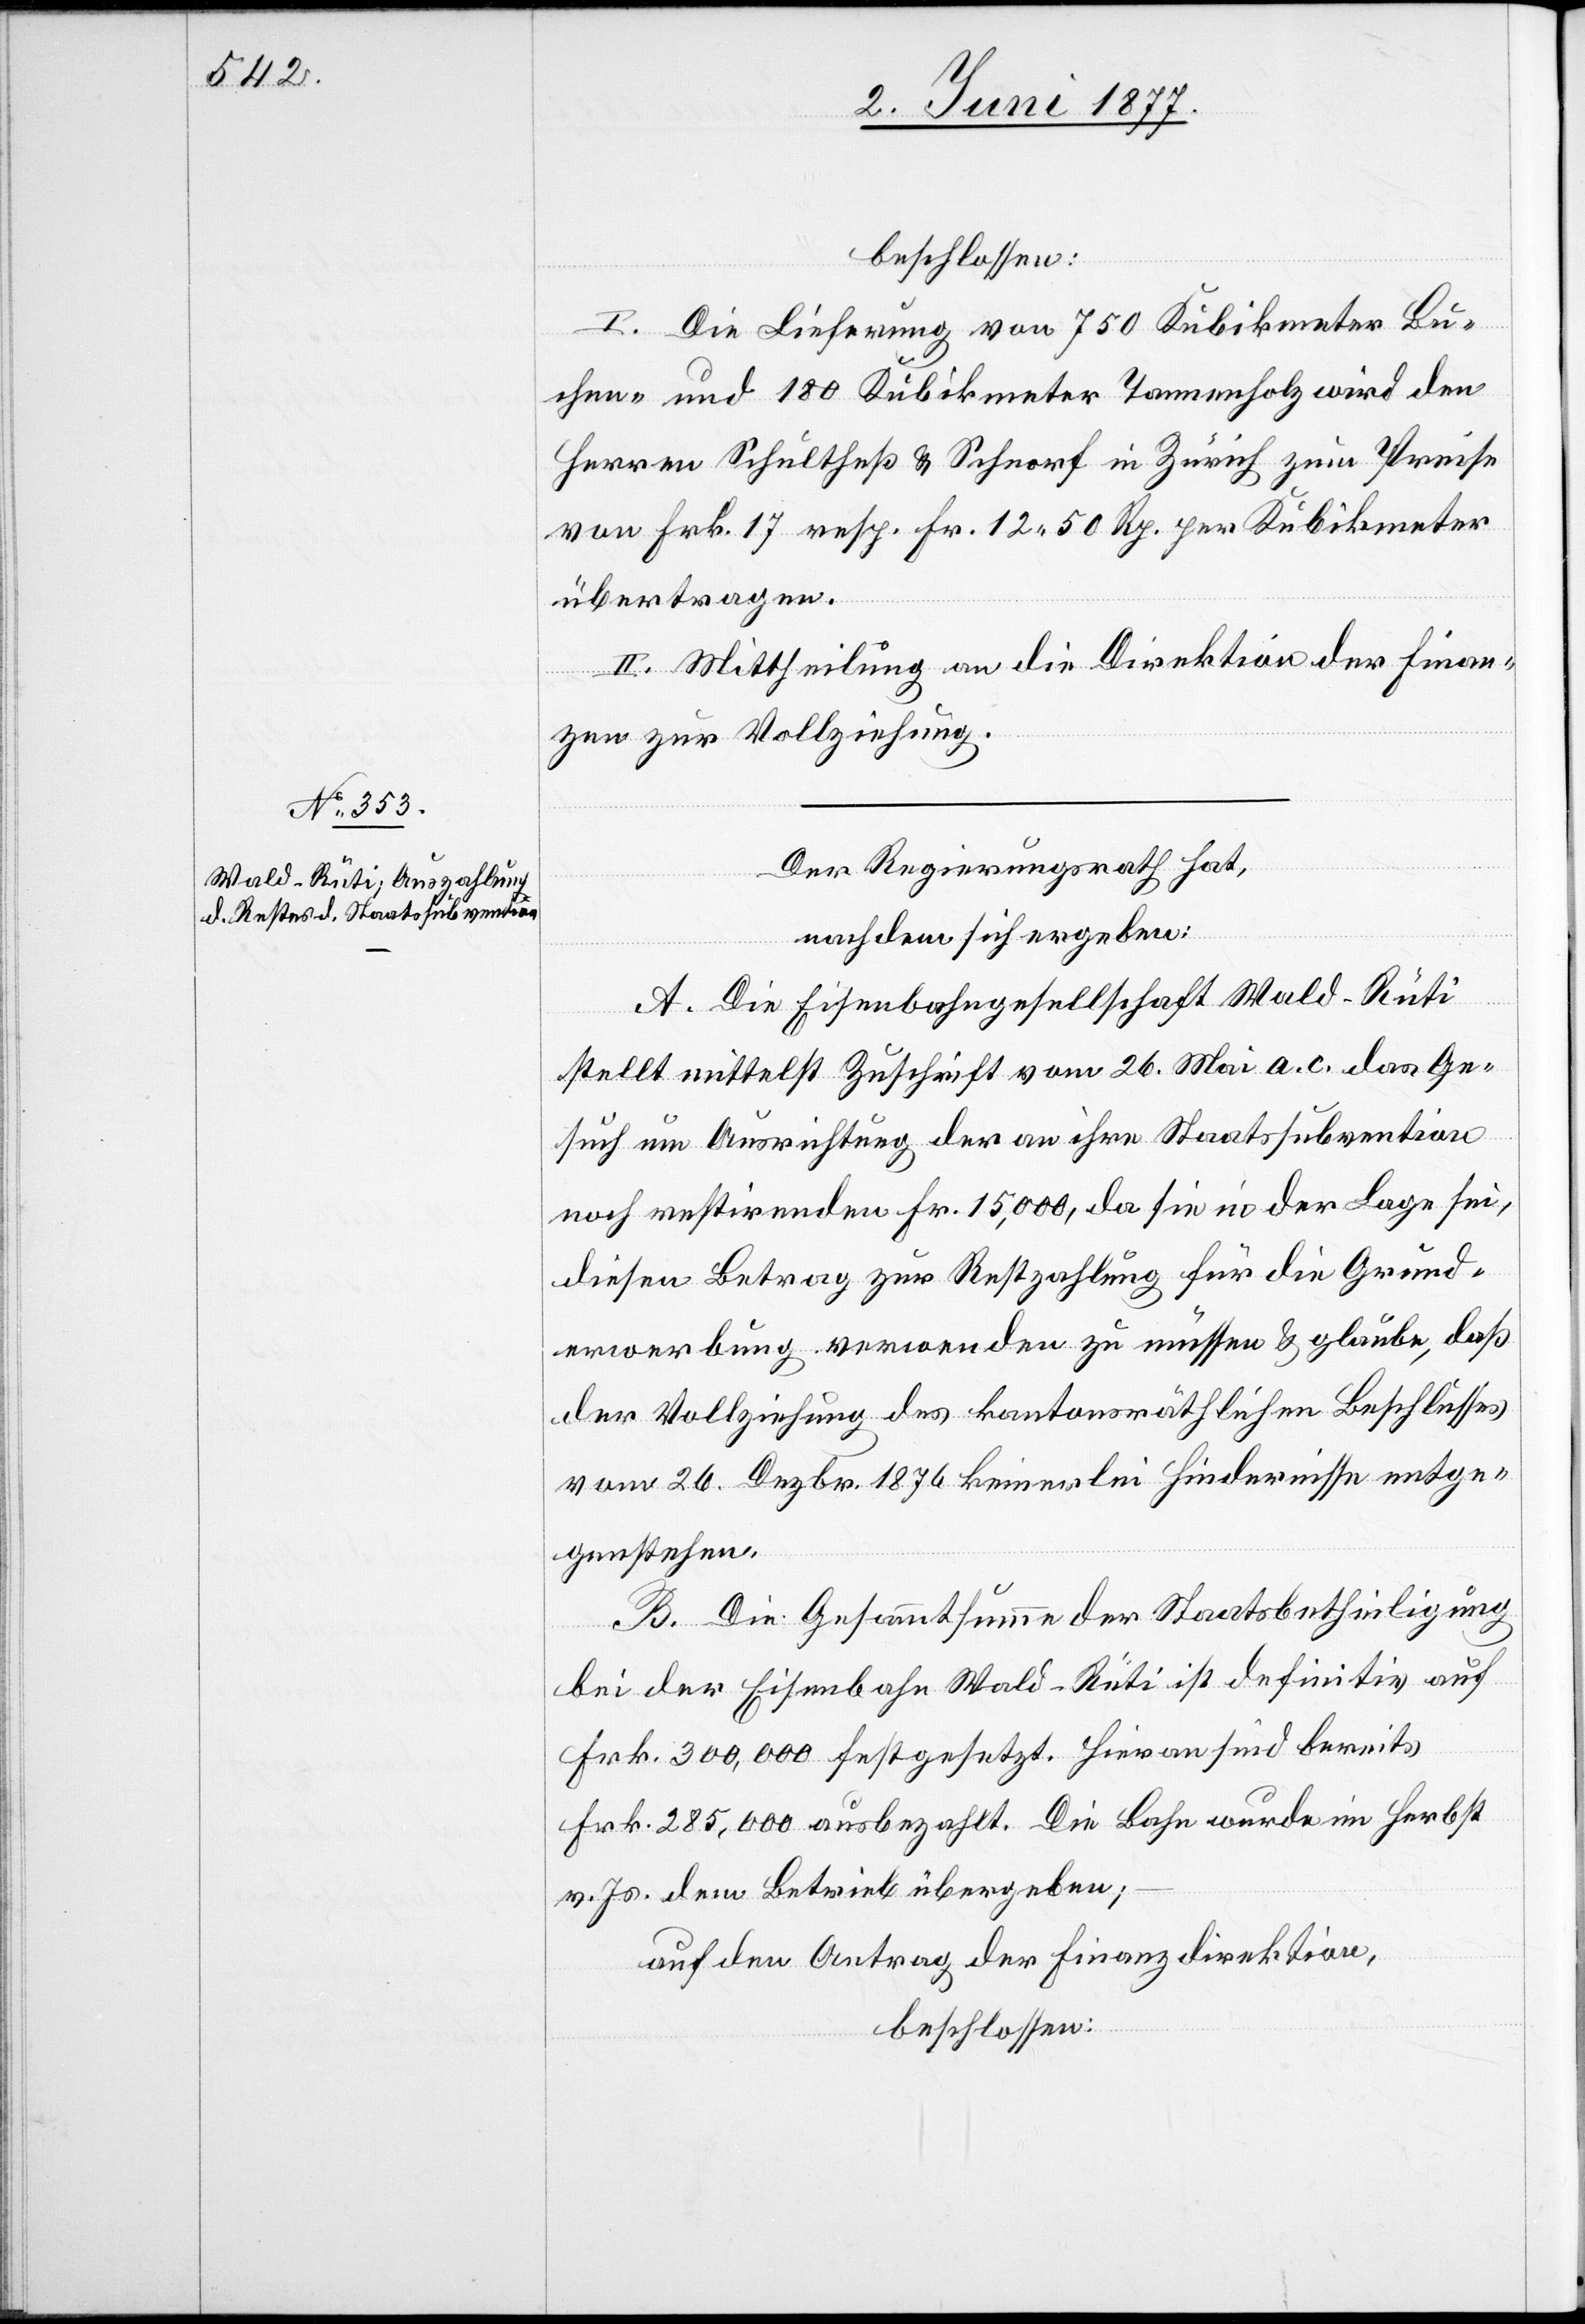
beschlossen:
I. Die Lieferung von 750 Kubikmeter Bu¬
chen- und 180 Kubikmeter Tannenholz wird den
Herren Schultheß & Schnorf in Zürich zum Preise
von Frk. 17 resp. Fr. 12 50 Rp. per Kubikmeter
übertragen.
II. Mittheilung an die Direktion der Finan¬
zen zur Vollziehung.
Der Regierungsrath hat,
nachdem sich ergeben:
A. Die Eisenbahngesellschaft Wald–Rüti
stellt mittelst Zuschrift vom 26. Mai a. c. das Ge¬
such um Ausrichtung der an ihre Staatssubvention
noch restirenden Fr. 15,000, da sie in der Lage sei,
diesen Betrag zur Restzahlung für die Grund¬
erwerbung verwenden zu müssen & glaube, daß
der Vollziehung des kantonsräthlichen Beschlusses
vom 26. Dezbr. 1876 keinerlei Hindernisse entge¬
genstehen.
B. Die Gesammtsumme der Staatsbetheiligung
bei der Eisenbahn Wald–Rüti ist definitiv auf
Frk. 300,000 festgesetzt. Hieran sind bereits
Frk. 285,000 ausbezahlt. Die Bahn wurde im Herbst
v. Js. dem Betrieb übergeben;
auf den Antrag der Finanzdirektion,
beschlossen: